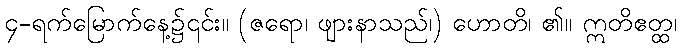
၄-ရက်မြောက်နေ့၌၎င်း။ (ဇရော၊ ဖျားနာသည်၊) ဟောတိ၊ ၏။ ဣတိဧတ္ထ၊